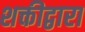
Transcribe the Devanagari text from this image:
शक्तीद्वारा